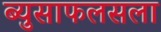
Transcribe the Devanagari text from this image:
ब्युसाफलसला